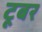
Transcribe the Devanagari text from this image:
टूबर